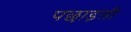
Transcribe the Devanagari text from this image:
पछाड़ती